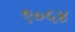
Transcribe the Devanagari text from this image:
९०५४